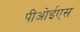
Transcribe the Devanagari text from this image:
पीओईएस